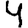
Digit: 4